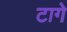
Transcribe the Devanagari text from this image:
टागे